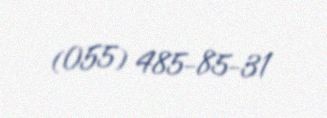
(055) 485-85-31